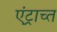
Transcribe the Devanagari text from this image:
एंट्राच्त